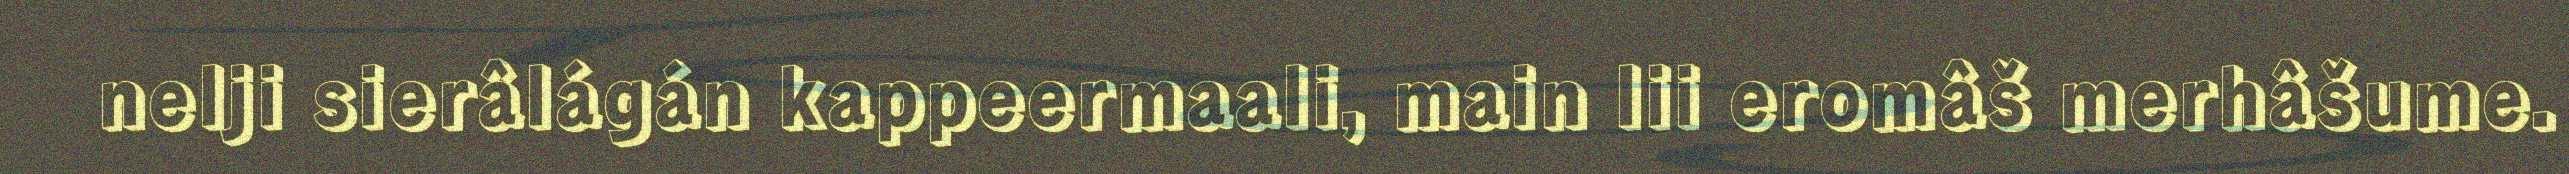
nelji sierâlágán kappeermaali, main lii eromâš merhâšume.